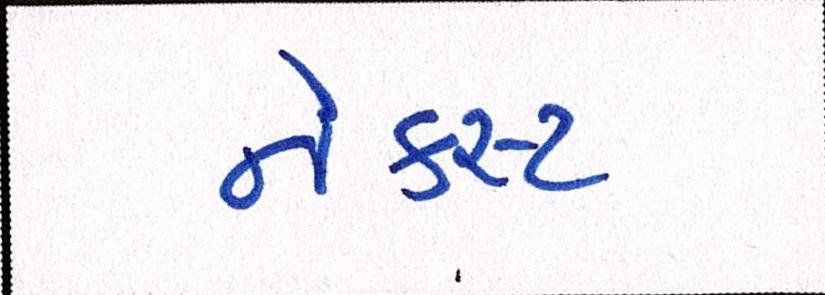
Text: નેક્સ્ટ